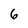
Character: 6